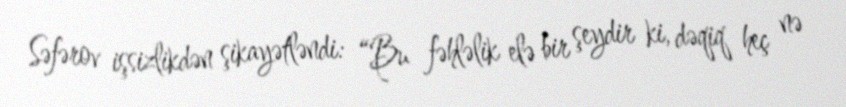
Səfərov işsizlikdən şikayətləndi: “Bu fəhləlik elə bir şeydir ki, dəqiq heç nə